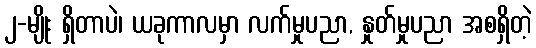
၂-မျိုး ရှိတာပဲ၊ ယခုကာလမှာ လက်မှုပညာ, နှုတ်မှုပညာ အစရှိတဲ့